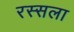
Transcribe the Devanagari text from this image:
रस्सला